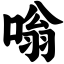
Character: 嗡